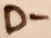
Text: D-